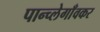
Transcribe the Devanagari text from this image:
पान्च्लेगाँवकर